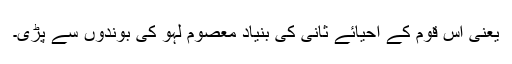
یعنی اس قوم کے احیائے ثانی کی بنیاد معصوم لہو کی بوندوں سے پڑی۔